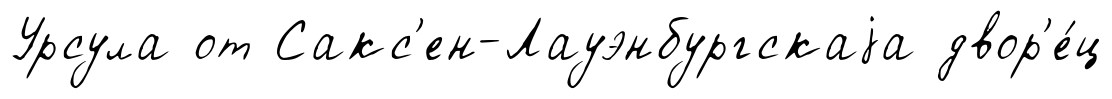
Урсула от Сакс'ен-Лауэнбургскаjа двор'е́ц